Report on sanitation, dispensaries, and jails in Rajputana for 1918, and on vaccination for the year 1918-1919 - 1918-1919
Year: 1918
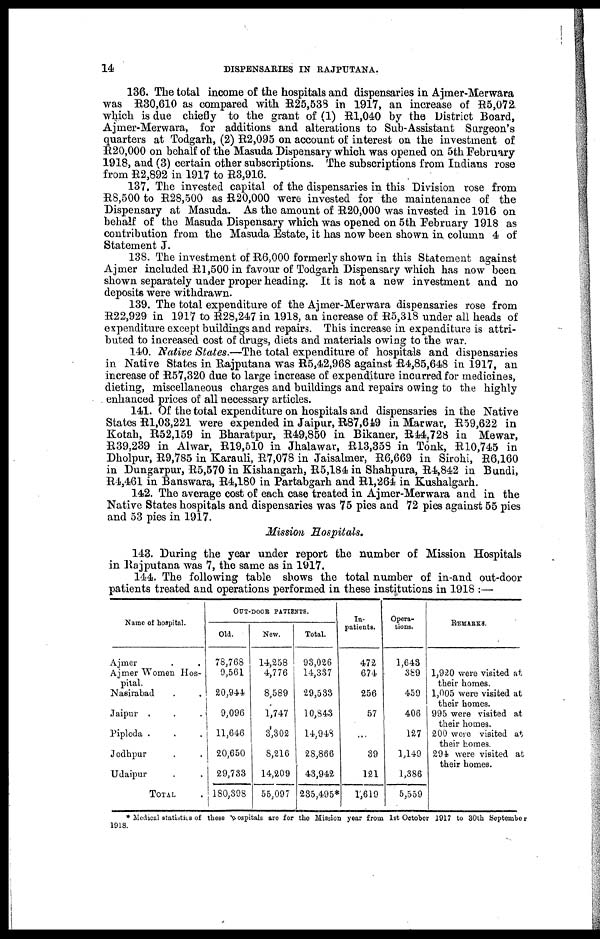
14
DISPENSARIES IN RAJPUTANA.
136. The total income of the hospitals and dispensaries in Ajmer-Merwara
was R30,610 as compared with R25,538 in 1917, an increase of R5,072
which is due chiefly to the grant of (1) R1,040 by the District Board,
Ajmer-Merwara, for additions and alterations to Sub-Assistant Surgeon's
quarters at Todgarh, (2) R2,095 on account of interest on the investment of
R620,000 on behalf of the Masuda Dispensary which was opened on 5th February
1918, and (3) certain other subscriptions. The subscriptions from Indians rose
from R2,892 in 1917 to R3,916.
137. The invested capital of the dispensaries in this Division rose from
R8,500 to R28,500 as R20,000 were invested for the maintenance of the
Dispensary at Masuda. As the amount of R20,000 was invested in 1916 on
behalf of the Masuda Dispensary which was opened on 5th February 1918 as
contribution from the Masuda Estate, it has now been shown in column 4 of
Statement J.
138. The investment of R6,000 formerly shown in this Statement against
Ajmer included R1,500 in favour of Todgarh Dispensary which has now been
shown separately under proper heading. It is not a new investment and no
deposits were withdrawn.
139. The total expenditure of the Ajmer-Merwara dispensaries rose from
R22,929 in 1917 to R28,247 in 1918, an increase of R5,318 under all heads of
expenditure except buildings and repairs. This increase in expenditure is attri-
buted to increased cost of drugs, diets and materials owing to the war.
140. Native States.—The total expenditure of hospitals and dispensaries
in Native States in Rajputana was R5,42,968 against R4,85,648 in 1917, an
increase of R57,320 due to large increase of expenditure incurred for medicines,
dieting, miscellaneous charges and buildings and repairs owing to the highly
enhanced prices of all necessary articles.
141. Of the total expenditure on hospitals and dispensaries in the Native
States R1,03,221 were expended in Jaipur, R87,649 in Marwar, R59,622 in
Kotah, R52,159 in Bharatpur, R49,850 in Bikaner, R44,728 in Mewar,
R39,239 in Alwar, R19,510 in Jhalawar, R13,358 in Tonk, R10,745 in
Dholpur, R9,785 in Karauli, R7,078 in Jaisalmer, R6,669 in Sirohi, R6,160
in Dungarpur, R5,570 in Kishangarh, R5,184 in Shahpura, R4,842 in Bundi,
R4,461 in Banswara, R4,180 in Partabgarh and R1,264 in Kushalgarh.
142. The average cost of each case treated in Ajmer-Merwara and in the
Native States hospitals and dispensaries was 75 pies and 72 pies against 55 pies
and 53 pies in 1917.
Mission Hospitals.
143. During the year under report the number of Mission Hospitals
in Rajputana was 7, the same as in 1917.
144. The following table shows the total number of in-and out-door
patients treated and operations performed in these institutions in 1918 :—
Name of hospital.
Ajmer ..
Ajmer Women Hos-
pital.
Nasirabad ..
Jaipur ...
Piploda ...
Jodhpur ..
Udaipur ..
TOTAL .
OUT-DOOR PATIENTS.
Old.
78,768
9,561
20,944
9,096
11,646
20,650
29,733
180,398
New.
14,258
4,776
8,589
1,747
3,302
8,216
14,209
55,097
Total.
93,026
14,337
29,533
10,843
14,948
28,866
43,942
235,495*
In-
patients.
472
674
256
57
...
39
121
1,619
Opera-
tions.
1,643
389
459
406
127
1,149
1,386
5,559
REMARKS.
1,920 were visited at
their homes.
1,005 were visited at
their homes.
995 were visited at
their homes.
200 were visited at
their homes.
294 were visited at
their homes.
* Medical statistics of these hospitals are for the Mission year from 1st October 1917 to 30th September
1918.